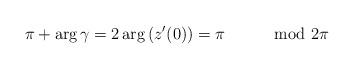
LaTeX: \begin{align*}\pi+\arg\gamma=2\arg\left(z'(0)\right)=\pi\qquad\mod2\pi\end{align*}